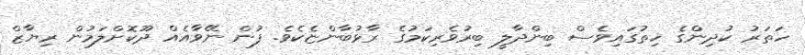
ހަތަރު ކުދިންގެ ހިތުގައިވެސް ބިންދާލީ ބިރުވެރިކަމުގެ ރާޅުބާންޏެކެވެ. ފުން ނޭވާއެއް ދޫކޮށްލަމުން ރިޔާޒް